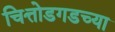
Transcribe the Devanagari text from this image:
चित्तोडगडच्या